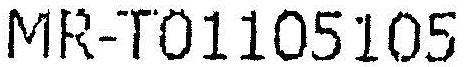
MR-T01105105